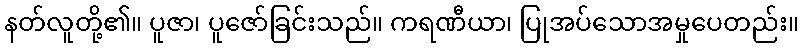
နတ်လူတို့၏။ ပူဇာ၊ ပူဇော်ခြင်းသည်။ ကရဏီယာ၊ ပြုအပ်သောအမှုပေတည်း။